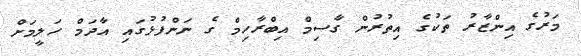
މަރުގެ އިންޒާރު ތަކުގެ އިތުރުން ގާސިމް އިބްރާހިމް ގެ ނަންފުޅުގައި އާދަމް ހަލީމަށް